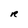
Character: R